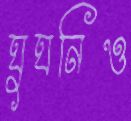
ঘুঘনিও